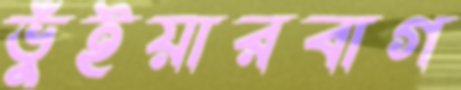
ভুঁইয়ারবাগ